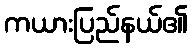
ကယားပြည်နယ်၏